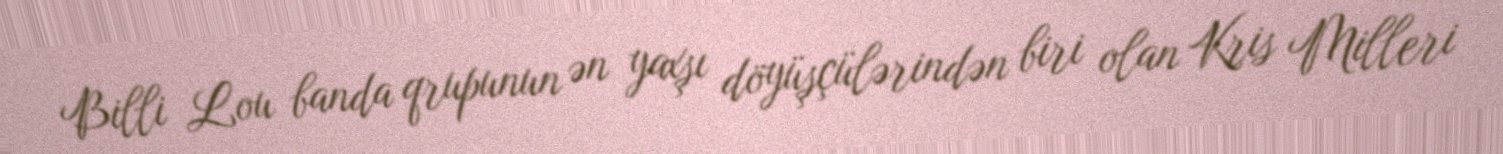
Billi Lou banda qrupunun ən yaxşı döyüşçülərindən biri olan Kris Milleri